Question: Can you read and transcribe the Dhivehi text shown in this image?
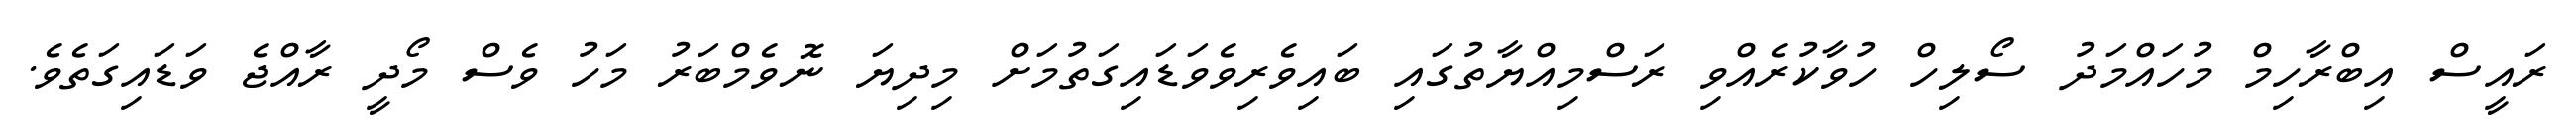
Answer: ރައީސް އިބްރާހިމް މުހައްމަދު ސޯލިހް ހުވާކުރެއްވި ރަސްމިއްޔާތުގައި ބައިވެރިވެވަޑައިގަތުމަށް މިދިޔަ ނޮވެމްބަރު މަހު ވެސް މޯދީ ރާއްޖެ ވަޑައިގަތެވެ.